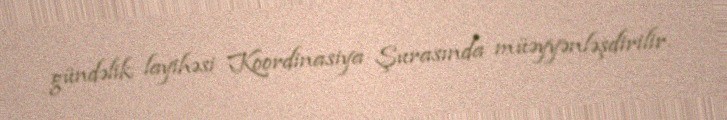
gündəlik layihəsi Koordinasiya Şurasında müəyyənləşdirilir.